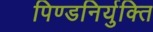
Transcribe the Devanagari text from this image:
पिण्डनिर्युक्ति